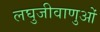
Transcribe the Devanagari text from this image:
लघुजीवाणुओं